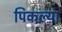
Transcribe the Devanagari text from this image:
पिकल्या